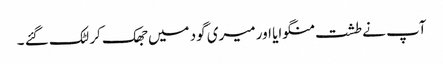
آپ نے طشت منگوایا اور میری گود میں جھک کر لٹک گئے ۔